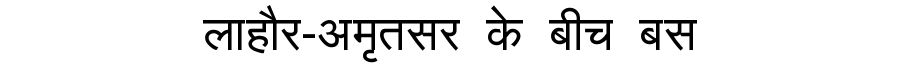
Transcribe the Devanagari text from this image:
लाहौर-अमृतसर के बीच बस